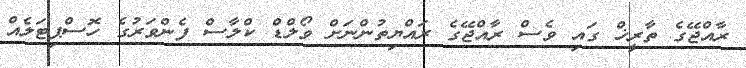
ރާއްޖޭގެ ތާރީޚް ގައި ވެސް ރާއްޖޭގެ ރައްޔިތުންނަށް ވޯލްޑް ކްލާސް ފެންވަރުގެ ހޮސްޕިޓަލެއް